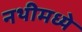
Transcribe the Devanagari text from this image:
नथीमध्ये